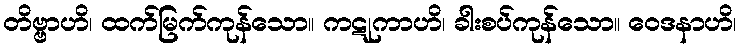
တိဗ္ဗာဟိ၊ ထက်မြက်ကုန်သော။ ကဋုကာဟိ၊ ခါးစပ်ကုန်သော။ ဝေဒနာဟိ၊